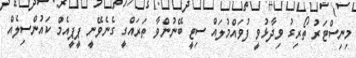
މިނިސްޓަރު ތޯރިގު ވިދާޅުވީ ފުވައްމުލައް ސިޓީ ބޭނުންވާ ތަރައްގީ ގެނެވޭނީ ޕީޕީއެމް ކައުންސިލެއް